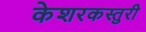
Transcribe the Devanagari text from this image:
केशरकस्तुरी